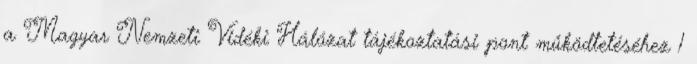
a Magyar Nemzeti Vidéki Hálózat tájékoztatási pont működtetéséhez 1